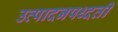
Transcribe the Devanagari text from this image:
उत्पादनपध्दती